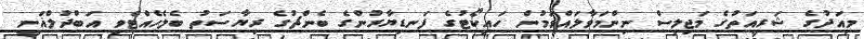
މިއަދުގެ ޝަރީއަތުގެ މަޖިލިސް ނިންމަވާލައްވަމުން ހައިކޯޓުގެ ފަނޑިޔާރުންގެ ބެންޗުގެ ރިޔާސަތު ބެލެހެއްޓެވި އަބްދުލްޣަނީ